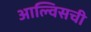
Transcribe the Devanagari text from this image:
आल्विसची